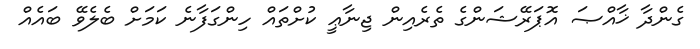
ގެންދާ ޚާއްޞަ އޮޕަރޭޝަންގެ ތެރެއިން ޖިނާޢީ ކުށްތައް ހިންގަފާނެ ކަމަށް ބެލެވޭ ބައެއް